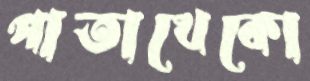
পাতাখেকো